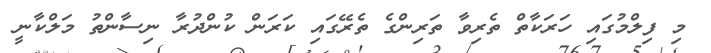
މި ފިލްމުގައި ހަރަކާތް ތެރިވާ ތަރިންގެ ތެރޭގައި ކަރަން ކުންދުރާ ނިސާންތު މަލްކާނީ